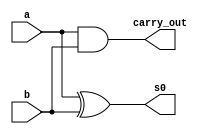
// ------------------------- 
// Exemplo00039 - FULL SUB 
// Nome: Samuel Eusbio da Silva - 435055
// ------------------------- 

// ------------------------- 
// half adder 
// ------------------------- 
	
	module halfAdder( s0,carry_out, a, b);
	
	input a, b;
	output s0, carry_out;
	
	xor XOR1(s0, a, b);
	and AND1(carry_out, a, b);

	endmodule 

// ------------------------- 
// half Subtractor
// ------------------------- 
	
	module halfSub( s0,s1, a, b);
	
	input a, b;
	output s0, s1;
	
	xor XOR1(s0, a, b);
	and AND1(s1, ~a, b);

	endmodule 
	
// ------------------------- 
// full Subtractor
// -------------------------	
	
	module fullSub(s0, s1, a, b, c);
	
	input a, b, c;
	output s0, s1;
	wire f0, f1, f2;
	
	halfAdder HA1(f0, f1, a, b);
	halfAdder HA2(s0, f2, c, f0);
	or OR1(s1, f2, f1);
	
	endmodule
	

// ------------------------- 
// full subtractor 4 bits
// -------------------------	
	

	module fullSub4 (output [3:0]s,
	output carryOut, 
	input [3:0]a, 
	input [3:0]b); 
	
	// descrever por portas
	wire carry_in;
	wire carry_in1;
	wire carry_in2;
	
	
	halfSub HS1(s[0], carry_in, a[0], b[0]);
	fullSub FS1(s[1], carry_in1, a[1], b[1], carry_in);
	fullSub FS2(s[2], carry_in2, a[2], b[2], carry_in1);	
	fullSub FS3(s[3], carryOut, a[3], b[3],carry_in2);
	
	

// descrever por portas 
	endmodule // fullSub 
	module test_fullSub4; 

// ------------------------- definir dados 
	reg [3:0] x; 
	reg [3:0] y; 
	reg carry; 
	wire [3:0] sub; 
// ------------------------- parte principal 
	initial begin 
	$display("Exemplo00039 - Samuel Eusbio da Silva - 435055"); 
	$display("Test ALU's full subtractor"); 

// projetar testes do sobtrator complete 
	
	#1 x = 1101; y = 0001;
	
	$monitor("x = %3b \t y = %3b\t  saida = %3b\n",x,y,sub);
	#1 x = 0001; y = 0001;
	#1 x = 0011; y = 0001;
	#1 x = 1110; y = 1100;  
	
end 
endmodule // test_fullAdder